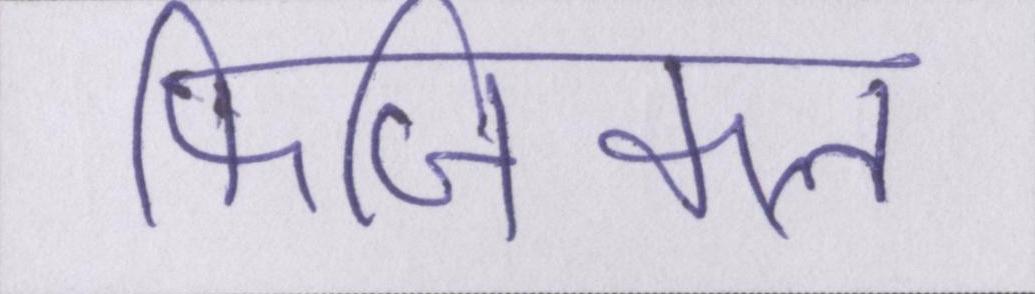
फिजिकल